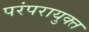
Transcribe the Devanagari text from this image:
परंपरायुक्त